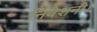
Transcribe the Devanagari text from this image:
निवेशनी।